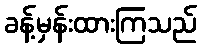
ခန့်မှန်းထားကြသည်